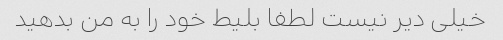
خیلی دیر نیست لطفا بلیط خود را به من بدهید